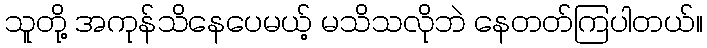
သူတို့ အကုန်သိနေပေမယ့် မသိသလိုဘဲ နေတတ်ကြပါတယ်။